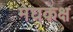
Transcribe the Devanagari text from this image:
मेघकक्ष